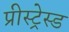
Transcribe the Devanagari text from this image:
प्रीस्ट्रेस्ड